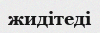
жидітеді